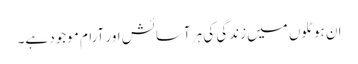
ان ہوٹلوں میں زندگی کی ہر آسائش اور آرام موجود ہے۔